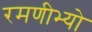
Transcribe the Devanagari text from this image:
रमणीभ्यो